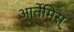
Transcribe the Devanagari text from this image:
आर्तेमिस्